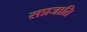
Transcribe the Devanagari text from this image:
सप्रजाति